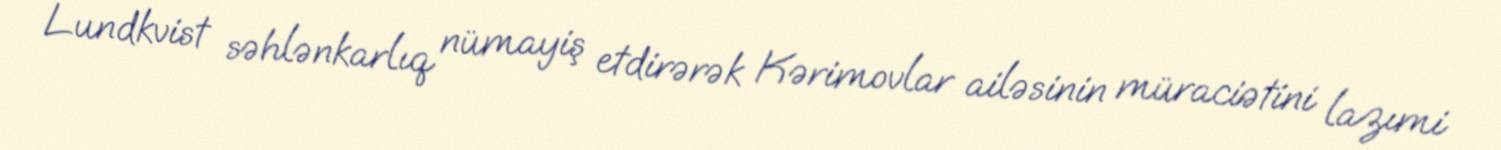
Lundkvist səhlənkarlıq nümayiş etdirərək Kərimovlar ailəsinin müraciətini lazımi